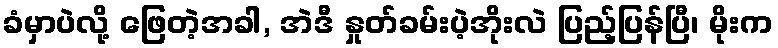
ခံမှာပဲလို့ ဖြေတဲ့အခါ, အဲဒီ နှုတ်ခမ်းပဲ့အိုးလဲ ပြည့်ပြန်ပြီ၊ မိုးက